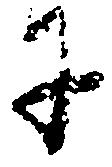
に